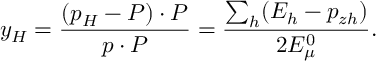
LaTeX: y _ { H } = \frac { ( p _ { H } - P ) \cdot P } { p \cdot P } = \frac { \sum _ { h } ( E _ { h } - p _ { z h } ) } { 2 E _ { \mu } ^ { 0 } } .